Report on sanitation, dispensaries, and jails in Rajputana for 1917, and on vaccination for the year 1917-1918 - 1917-1918
Year: 1917
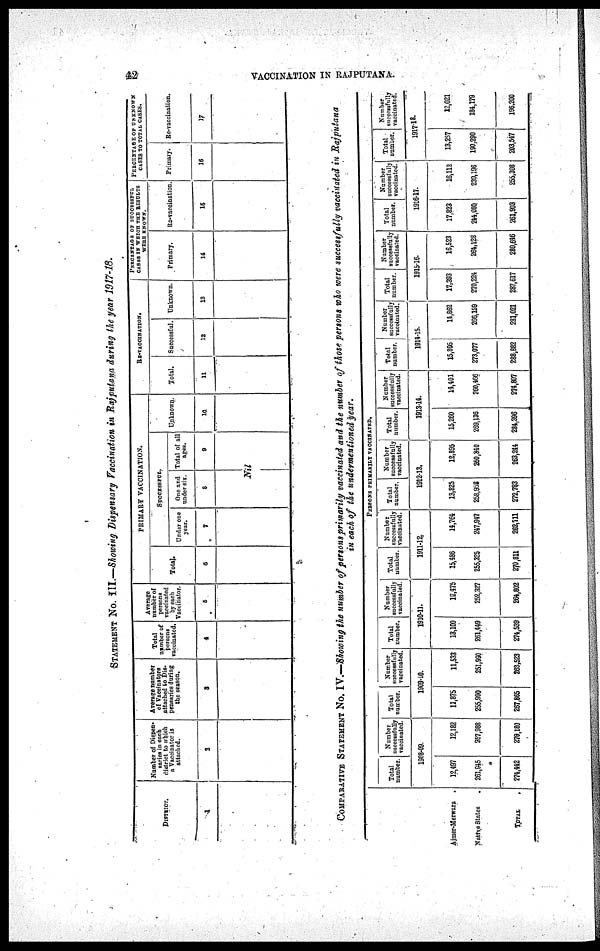
42
VACCINATION IN RAJPUTANA.
STATEMENT NO. III.—Showing Dispensary Vaccination in Rajputana during the year 1917-18.
DISTRICT.
1
Number of Dispen-
saries in each
district to which
a Vaccinator is
attached.
2
Average number
of Vaccinators
attached to Dis¬
pensaries during
the season.
3
Total
number of
persons
vaccinated.
4
Average
number of
persons
vaccinated
by each
Vaccinator.
5
PRIMARY VACCINATION.
Total.
6
SUCCESSFUL.
Under one
year.
7
One and
under six.
8
Total of all
ages.
9
Nil
Unknown.
10
RE-VACCINATION.
Total.
11
Successful.
12
Unknown.
13
PERCENTAGE OF SUCCESSFUL
CASES IN WHICH THE RESULTS
WERE KNOWN.
Primary.
14
Re-vaccination.
15
PERCENTAGE OF UNKNOWN
CASES TO TOTAL CASES.
Primary.
16
Re-vaccination.
17
COMPARATIVE STATEMENT NO. IV.—Showing the number of persons primarily vaccinated and the number of those persons who were successfully vaccinated in Rajputana
in each of the undermentioned year.
Ajmer-Merwara .
Native States
.
TOTAL .
PERSONS PRIMARILY VACCINATED.
Total
number.
Number
successfully
vaccinated.
1908-09.
12,497
261,945
274,442
12,182
257,988
279,180
Total
number.
Number
successfully
vaccinated.
1909-10.
11,875
255,990
267,865
11,533
251,990
263,523
Total
number.
Number
successfully
vaccinated.
1910-11.
13,100
261,449
274,539
12,475
252,327
264,802
Total
number.
Number
successfully
vaccinated.
1911-12.
15,486
255,325
270,811
14,764
247,947
262,711
Total
number.
Number
successfully
vaccinated.
1912-13.
13,825
258,958
272,783
12,895
260,340
263,244
Total
number.
Number
successfully
vaccinated.
1913-14.
15,260
269,136
284,396
14,401
260,466
274,807
Total
number.
Number
successfully
vaccinated.
1914-15.
15,805
273,077
288,882
14,862
266,159
281,021
Total
number.
Number
successfully
vaccinated.
1915-16.
17,393
270,224
287,617
16,523
264,128
280,646
Total
number.
Number
successfully
vaccinated.
1916-17.
17,823
244,080
261,903
16,112
239,196
255,308
Total
number.
Number
successfully
vaccinated.
1917-18.
13,257
190,290
203,547
12,021
184,179
196,200